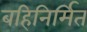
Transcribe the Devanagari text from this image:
बहिनिर्मित